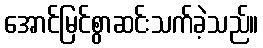
အောင်မြင်စွာဆင်းသက်ခဲ့သည်။